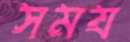
সময